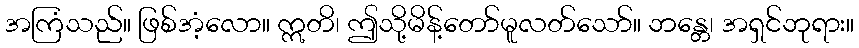
အကြံသည်။ ဖြစ်အံ့လော။ ဣတိ၊ ဤသို့မိန့်တော်မူလတ်သော်။ ဘန္တေ၊ အရှင်ဘုရား။